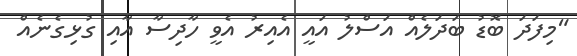
"މިފަދަ ބޮޑު ބަދަލެއް އަސްލު އައީ އެއިރު އެވީ ހާދިސާ އާއި ގުޅިގެނެއް